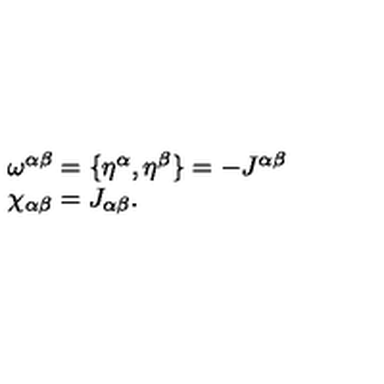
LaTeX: \begin{array} { l } { \omega ^ { \alpha \beta } = \{ \eta ^ { \alpha } , \eta ^ { \beta } \} = - J ^ { \alpha \beta } } \\ { \chi _ { \alpha \beta } = J _ { \alpha \beta } . } \\ \end{array}